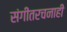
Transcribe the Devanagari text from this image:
संगीतरचनाही